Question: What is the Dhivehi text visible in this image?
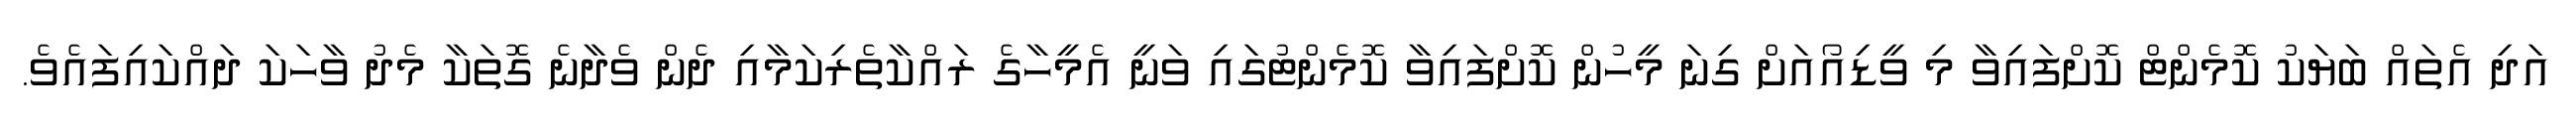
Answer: އަދި އެތައް ބަޔަކު ކޮމެންޓް ކޮށްފައިވާ މި ވީޑިއޯއަށް ގިނަ މީހުން ކޮށްފައިވާ ކޮމެންޓުގައި ވަނީ އެމީހާގެ ރައްކާތެރިކަމާއި ދެން ވެދާނެ ގޮތަކާ މެދު ވާހަކަ ދައްކައިފައެވެ.